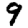
Digit: 9